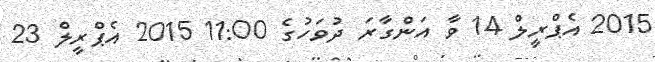
2015 އެޕްރީލް 14 ވާ އަންގާރަ ދުވަހުގެ 11:00 2015 އެޕްރީލް 23